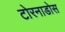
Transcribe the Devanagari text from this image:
टोरनाडोस